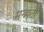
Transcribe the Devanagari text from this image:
मन्त्र्वती